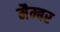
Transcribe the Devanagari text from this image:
मैम्बर